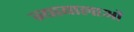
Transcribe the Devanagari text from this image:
न्यायालाओं